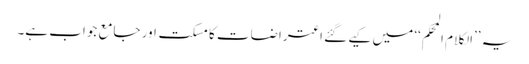
یہ ’’الکلام المحکم‘‘ میں کیے گئے اعتراضات کا مسکت اور جامع جواب ہے۔